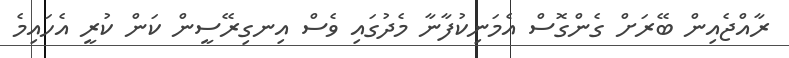
ރާއްޖެއިން ބޭރަށް ގެންގޮސް އެމަނިކުފާނާ މެދުގައި ވެސް އިނގިރޭސީން ކަން ކުރީ އެހައިމެ